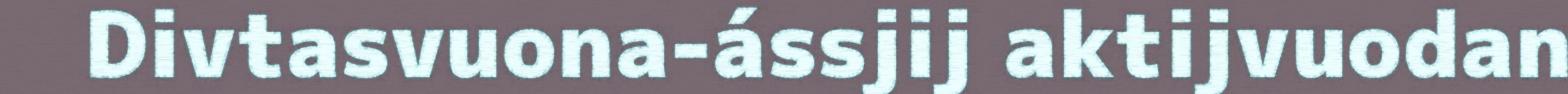
Divtasvuona-ássjij aktijvuodan